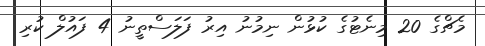
މެޗްގެ 20 މިނެޓުގެ ކުޅުން ނިމުނު އިރު ފަލަސްތީނު 4 ފައުލް ކުރި